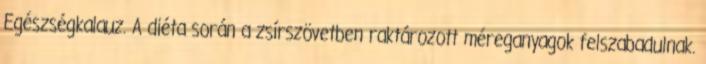
Egészségkalauz. A diéta során a zsírszövetben raktározott méreganyagok felszabadulnak.